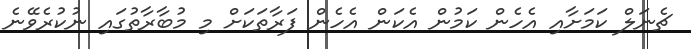
ޗެނަލް ކަމަށާއި އެހެން ކަމުން އެކަން އެހެން ފަރާތަކަށް މި މުބާރާތުގައި ނުކުރެވޭނެ